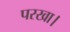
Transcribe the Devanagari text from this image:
परखा।